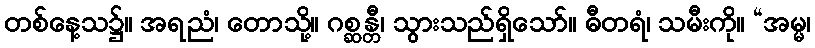
တစ်နေ့သ၌။ အရညံ၊ တောသို့။ ဂစ္ဆန္တီ၊ သွားသည်ရှိသော်။ ဓီတရံ၊ သမီးကို။ “အမ္မ၊